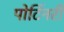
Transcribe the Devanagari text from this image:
पोर्टिनरी